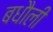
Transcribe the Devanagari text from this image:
बधौली